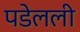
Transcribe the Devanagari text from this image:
पडेलली